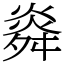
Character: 㷠